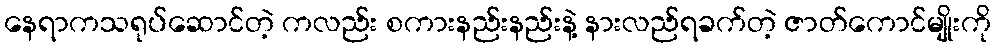
နေရာကသရုပ်ဆောင်တဲ့ ကလည်း စကားနည်းနည်းနဲ့ နားလည်ရခက်တဲ့ ဇာတ်ကောင်မျိုးကို